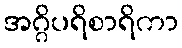
အဂ္ဂိပရိစာရိကာ